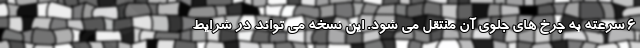
۶ سرعته به چرخ های جلوی آن منتقل می شود. این نسخه می تواند در شرایط